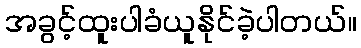
အခွင့်ထူးပါခံယူနိုင်ခဲ့ပါတယ်။